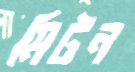
মিটন